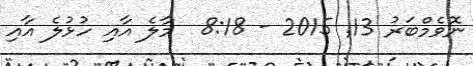
ނޮވެމްބަރު 13